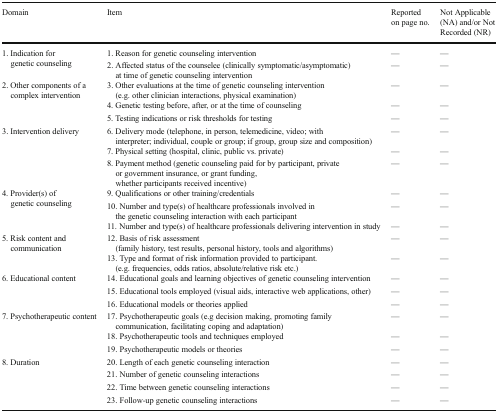
<table><thead><tr><td><b>Domain</b></td><td><b>Item</b></td><td><b>Reported on page no.</b></td><td><b>Not Applicable (NA) and/or Not Recorded (NR)</b></td></tr></thead><tbody><tr><td rowspan="2">1. Indication for genetic counseling</td><td>1. Reason for genetic counseling intervention</td><td>—</td><td>—</td></tr><tr><td>2. Affected status of the counselee (clinically symptomatic/asymptomatic) at time of genetic counseling intervention</td><td>—</td><td>—</td></tr><tr><td rowspan="3">2. Other components of a complex intervention</td><td>3. Other evaluations at the time of genetic counseling intervention (e.g. other clinician interactions, physical examination)</td><td>—</td><td>—</td></tr><tr><td>4. Genetic testing before, after, or at the time of counseling</td><td>—</td><td>—</td></tr><tr><td>5. Testing indications or risk thresholds for testing</td><td>—</td><td>—</td></tr><tr><td rowspan="3">3. Intervention delivery</td><td>6. Delivery mode (telephone, in person, telemedicine, video; with interpreter; individual, couple or group; if group, group size and composition)</td><td>—</td><td>—</td></tr><tr><td>7. Physical setting (hospital, clinic, public vs. private)</td><td>—</td><td>—</td></tr><tr><td>8. Payment method (genetic counseling paid for by participant, private or government insurance, or grant funding, whether participants received incentive)</td><td>—</td><td>—</td></tr><tr><td rowspan="3">4. Provider(s) of genetic counseling</td><td>9. Qualifications or other training/credentials</td><td>—</td><td>—</td></tr><tr><td>10. Number and type(s) of healthcare professionals involved in the genetic counseling interaction with each participant</td><td>—</td><td>—</td></tr><tr><td>11. Number and type(s) of healthcare professionals delivering intervention in study</td><td>—</td><td>—</td></tr><tr><td rowspan="2">5. Risk content and communication</td><td>12. Basis of risk assessment (family history, test results, personal history, tools and algorithms)</td><td>—</td><td>—</td></tr><tr><td>13. Type and format of risk information provided to participant. (e.g. frequencies, odds ratios, absolute/relative risk etc.)</td><td>—</td><td>—</td></tr><tr><td rowspan="3">6. Educational content</td><td>14. Educational goals and learning objectives of genetic counseling intervention</td><td>—</td><td>—</td></tr><tr><td>15. Educational tools employed (visual aids, interactive web applications, other)</td><td>—</td><td>—</td></tr><tr><td>16. Educational models or theories applied</td><td>—</td><td>—</td></tr><tr><td rowspan="3">7. Psychotherapeutic content</td><td>17. Psychotherapeutic goals (e.g decision making, promoting family communication, facilitating coping and adaptation)</td><td>—</td><td>—</td></tr><tr><td>18. Psychotherapeutic tools and techniques employed</td><td>—</td><td>—</td></tr><tr><td>19. Psychotherapeutic models or theories</td><td>—</td><td>—</td></tr><tr><td rowspan="4">8. Duration</td><td>20. Length of each genetic counseling interaction</td><td>—</td><td>—</td></tr><tr><td>21. Number of genetic counseling interactions</td><td>—</td><td>—</td></tr><tr><td>22. Time between genetic counseling interactions</td><td>—</td><td>—</td></tr><tr><td>23. Follow-up genetic counseling interactions</td><td>—</td><td>—</td></tr></tbody></table>